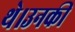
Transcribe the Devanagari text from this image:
थे।उनकी